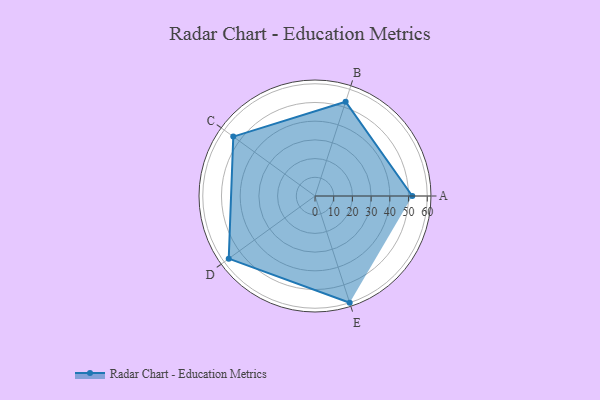
{"axis": {"x": "Skill", "y": "Score"}, "legend": ["Profile"], "data": [{"x": "A", "y": 52.0, "type": "Profile"}, {"x": "B", "y": 53.0, "type": "Profile"}, {"x": "C", "y": 54.0, "type": "Profile"}, {"x": "D", "y": 57.0, "type": "Profile"}, {"x": "E", "y": 60.0, "type": "Profile"}]}